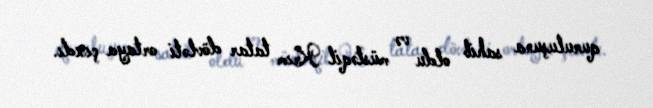
quruluşuna sahib oldu və müstəqil Krım tatar dövləti ortaya çıxdı.